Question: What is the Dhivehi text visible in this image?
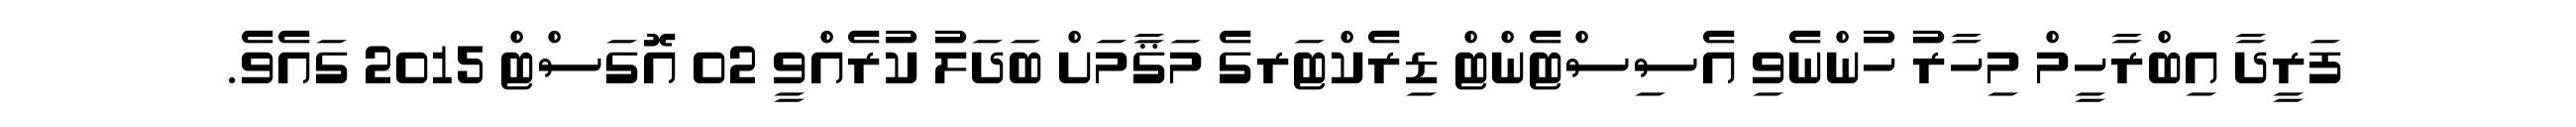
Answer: ފަރީދާ އިބްރާހީމް މިހާރު ހުންނެވި އެސިސްޓެންޓް ޑިރެކްޓަރގެ މަޤާމަށް ބަދަލު ކުރެއްވީ 02 އޮގަސްޓް 2015 ގައެވެ.